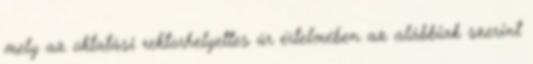
mely az oktatási rektorhelyettes úr értelmében az alábbiak szerint